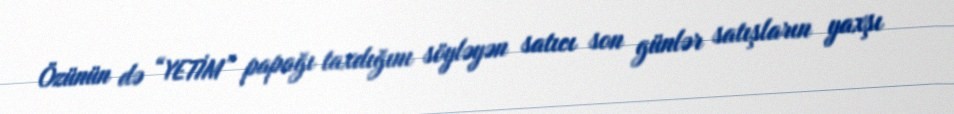
Özünün də “YETİM” papağı taxdığını söyləyən satıcı son günlər satışların yaxşı